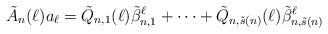
LaTeX: \begin{align*}\tilde{A}_n(\ell)a_{\ell}=\tilde{Q}_{n,1}(\ell)\tilde{\beta}_{n,1}^{\ell}+\cdots+\tilde{Q}_{n,\tilde{s}(n)}(\ell)\tilde{\beta}_{n,\tilde{s}(n)}^{\ell}\end{align*}